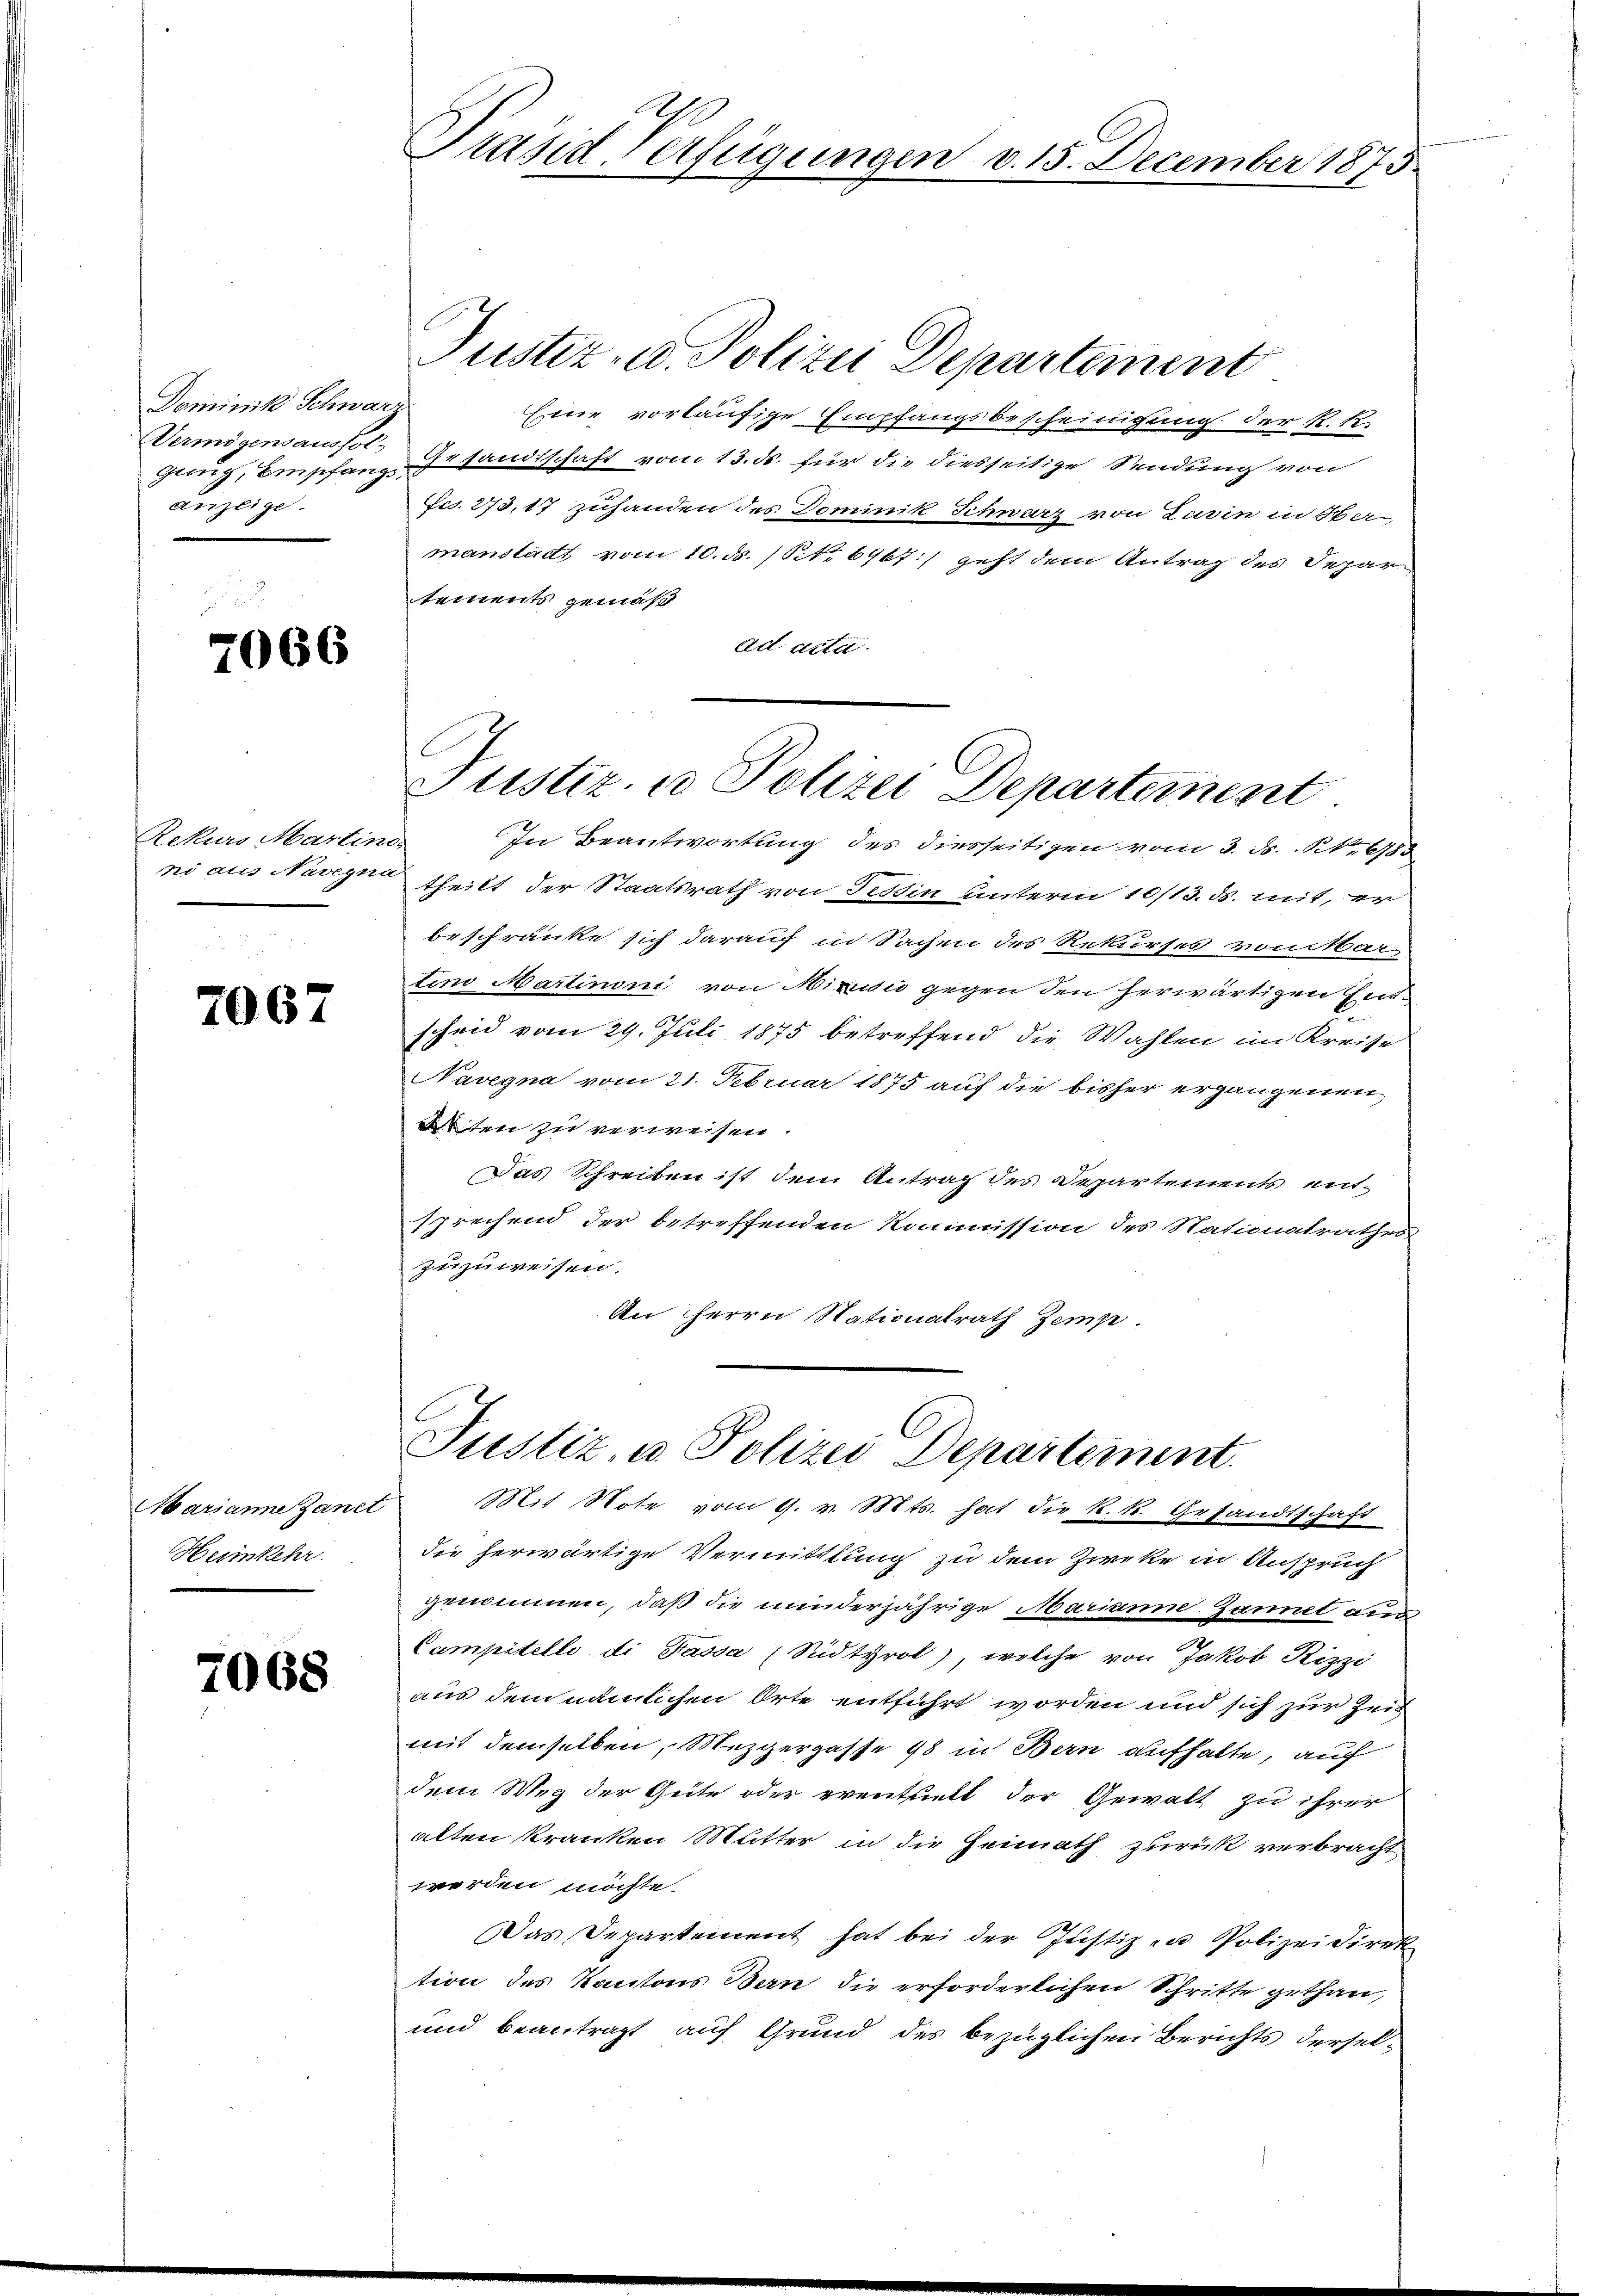
Dominik Schwarz
Vermögensaushol-
anzeige.

7066

Rekurs Martinss

7067

Marianne Zanet
Heimkehr.

7068

Eine vorläufige Empfangsbescheinigung der K. R.
gung, Empfangesandtschaft vom 13. ds. für die diesseitige Sendung von
Frs. 273,17 zuhanden des Dominik Schwarz von Lavin in Obermanstadt vom 10. ds. (S. 6967:/ geht dem Antrag des Separtements gemäß
ad acta.

Präsid Verfügungen v. 15. December 1873

Justiz- u. Polizei Departement

ni aus Nasen theilt der Staatsrath von Festin unterm 10/13. ds. mit, er
beschränke sich darauf in Sachen des Rekurses vonitar-
tino Martinoni von Mixidić gegen den herwärtigen Entscheid vom 29. Juli 1875 betreffend die Wahlen im Kreise
Navegna vom 21. Februar 1875 auf die bisher ergangenen
Arten zu verweisen.
Das Schreiben ist dem Antrag des Departements entsprechend der betreffenden Kommission des Stationalrathes
zuzuweisen.
An Herrn Nationalrath Zemp.

Justiz- u Polizei Departement
In Beantwortung des diesseitigen vom 3. ds. No 983

Justiz, u. Polizei Departement.
Mit Note vom 9. v. Mts. hat die k. k. Gesandtschaft

die herwärtige Vermittlung zu dem Zirke in Anspruch
genommen, daß die minderjährige Mariannne-Zannet aus¬
Campitelli di Passa Südtyrol), welche von Jakob Rizzi
aus dem nämlichen Orte entführt worden und sich zur Zeit
mit demselben, Mezgergasse 48 in Bern aufhalte, auf
dem Weg der Güte oder eventhielt der Gewalt zu ihrer
alten kranken Mutter in die Heimath zurück verbracht
werden möchte.
Das Departement hat bei der Justiz- u. Polizeidirek
tion des Kantons Bern die erforderlichen Schritte gethan,
und beantragt, auf Grund des bezüglichen Berichts dersel¬